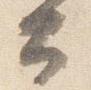
公